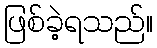
ဖြစ်ခဲ့ရသည်။